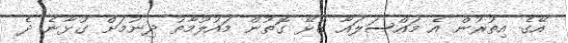
އޭގެ އިތުރުން އެ މައްސަލައާ ގުޅޭ ގޮތުން މައުލޫމާތު ދިނުމަށް ގުޅާނެ ދެ